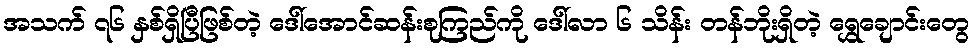
အသက် ၇၆ နှစ်ရှိပြီဖြစ်တဲ့ ဒေါ်အောင်ဆန်းစုကြည်ကို ဒေါ်လာ ၆ သိန်း တန်ဘိုးရှိတဲ့ ရွှေချောင်းတွေ